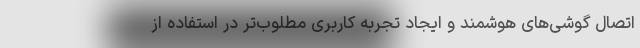
اتصال گوشی‌های هوشمند و ایجاد تجربه کاربری مطلوب‌تر در استفاده از